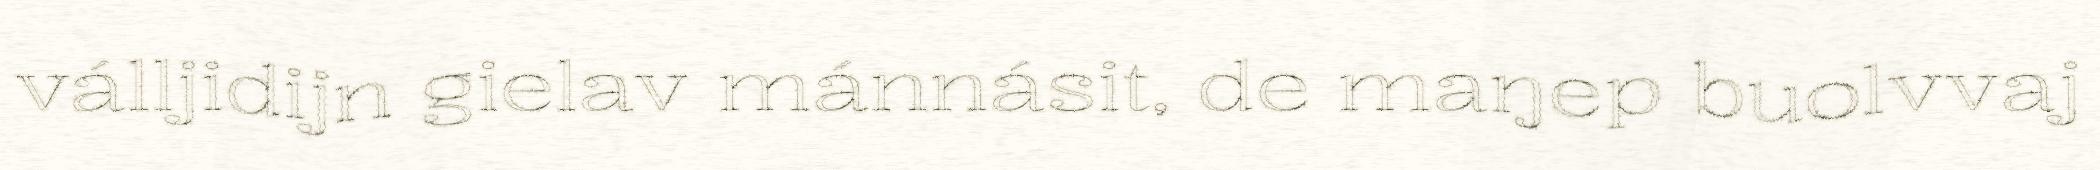
válljidijn gielav mánnásit, de maŋep buolvvaj